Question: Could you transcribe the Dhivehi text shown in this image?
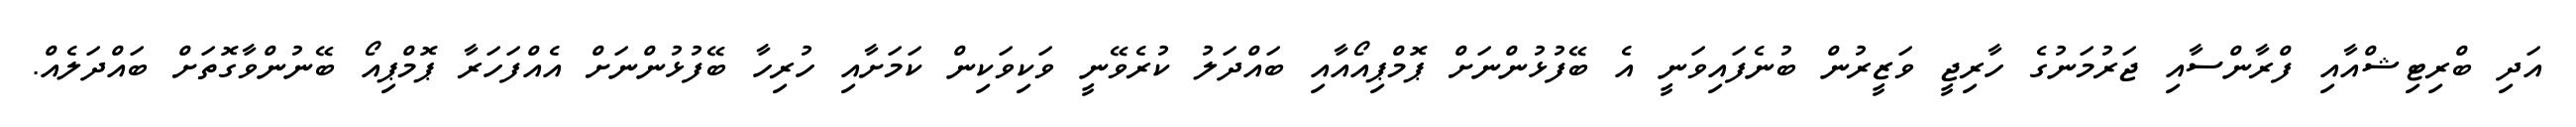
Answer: އަދި ބްރިޓިޝްއާއި ފްރާންސާއި ޖަރުމަނުގެ ހާރިޖީ ވަޒީރުން ބުނެފައިވަނީ އެ ބޭފުޅުންނަށް ޕޮމްޕިއޯއާއި ބައްދަލު ކުރެވޭނީ ވަކިވަކިން ކަމަށާއި ހުރިހާ ބޭފުޅުންނަށް އެއްފަހަރާ ޕޮމްޕިއޯ ބޭނުންވާގޮތަށް ބައްދަލެއް.